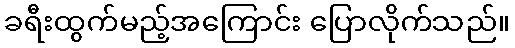
ခရီးထွက်မည့်အကြောင်း ပြောလိုက်သည်။